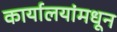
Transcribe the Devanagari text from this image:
कार्यालयांमधून